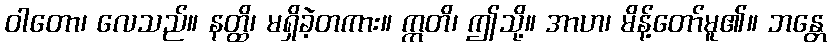
ဝါတော၊ လေသည်။ နတ္ထိ၊ မရှိခဲ့တကား။ ဣတိ၊ ဤသို့။ အာဟ၊ မိန့်တော်မူ၏။ ဘန္တေ